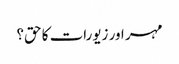
مہر اور زیورات کا حق؟